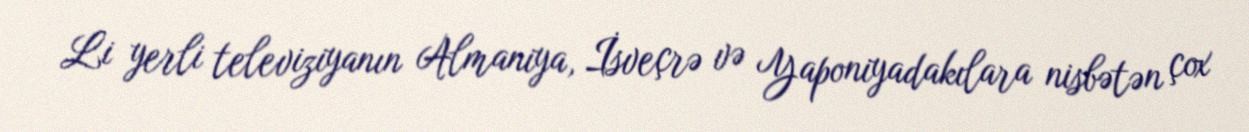
Li yerli televiziyanın Almaniya, İsveçrə və Yaponiyadakılara nisbətən çox